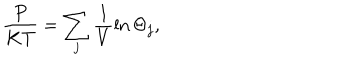
LaTeX: \frac { P } { K T } = \sum _ { j } \frac { 1 } { V } \ln \Theta _ { j } ,